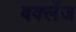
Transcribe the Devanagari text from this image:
बर्क्लेज